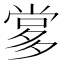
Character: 㗬